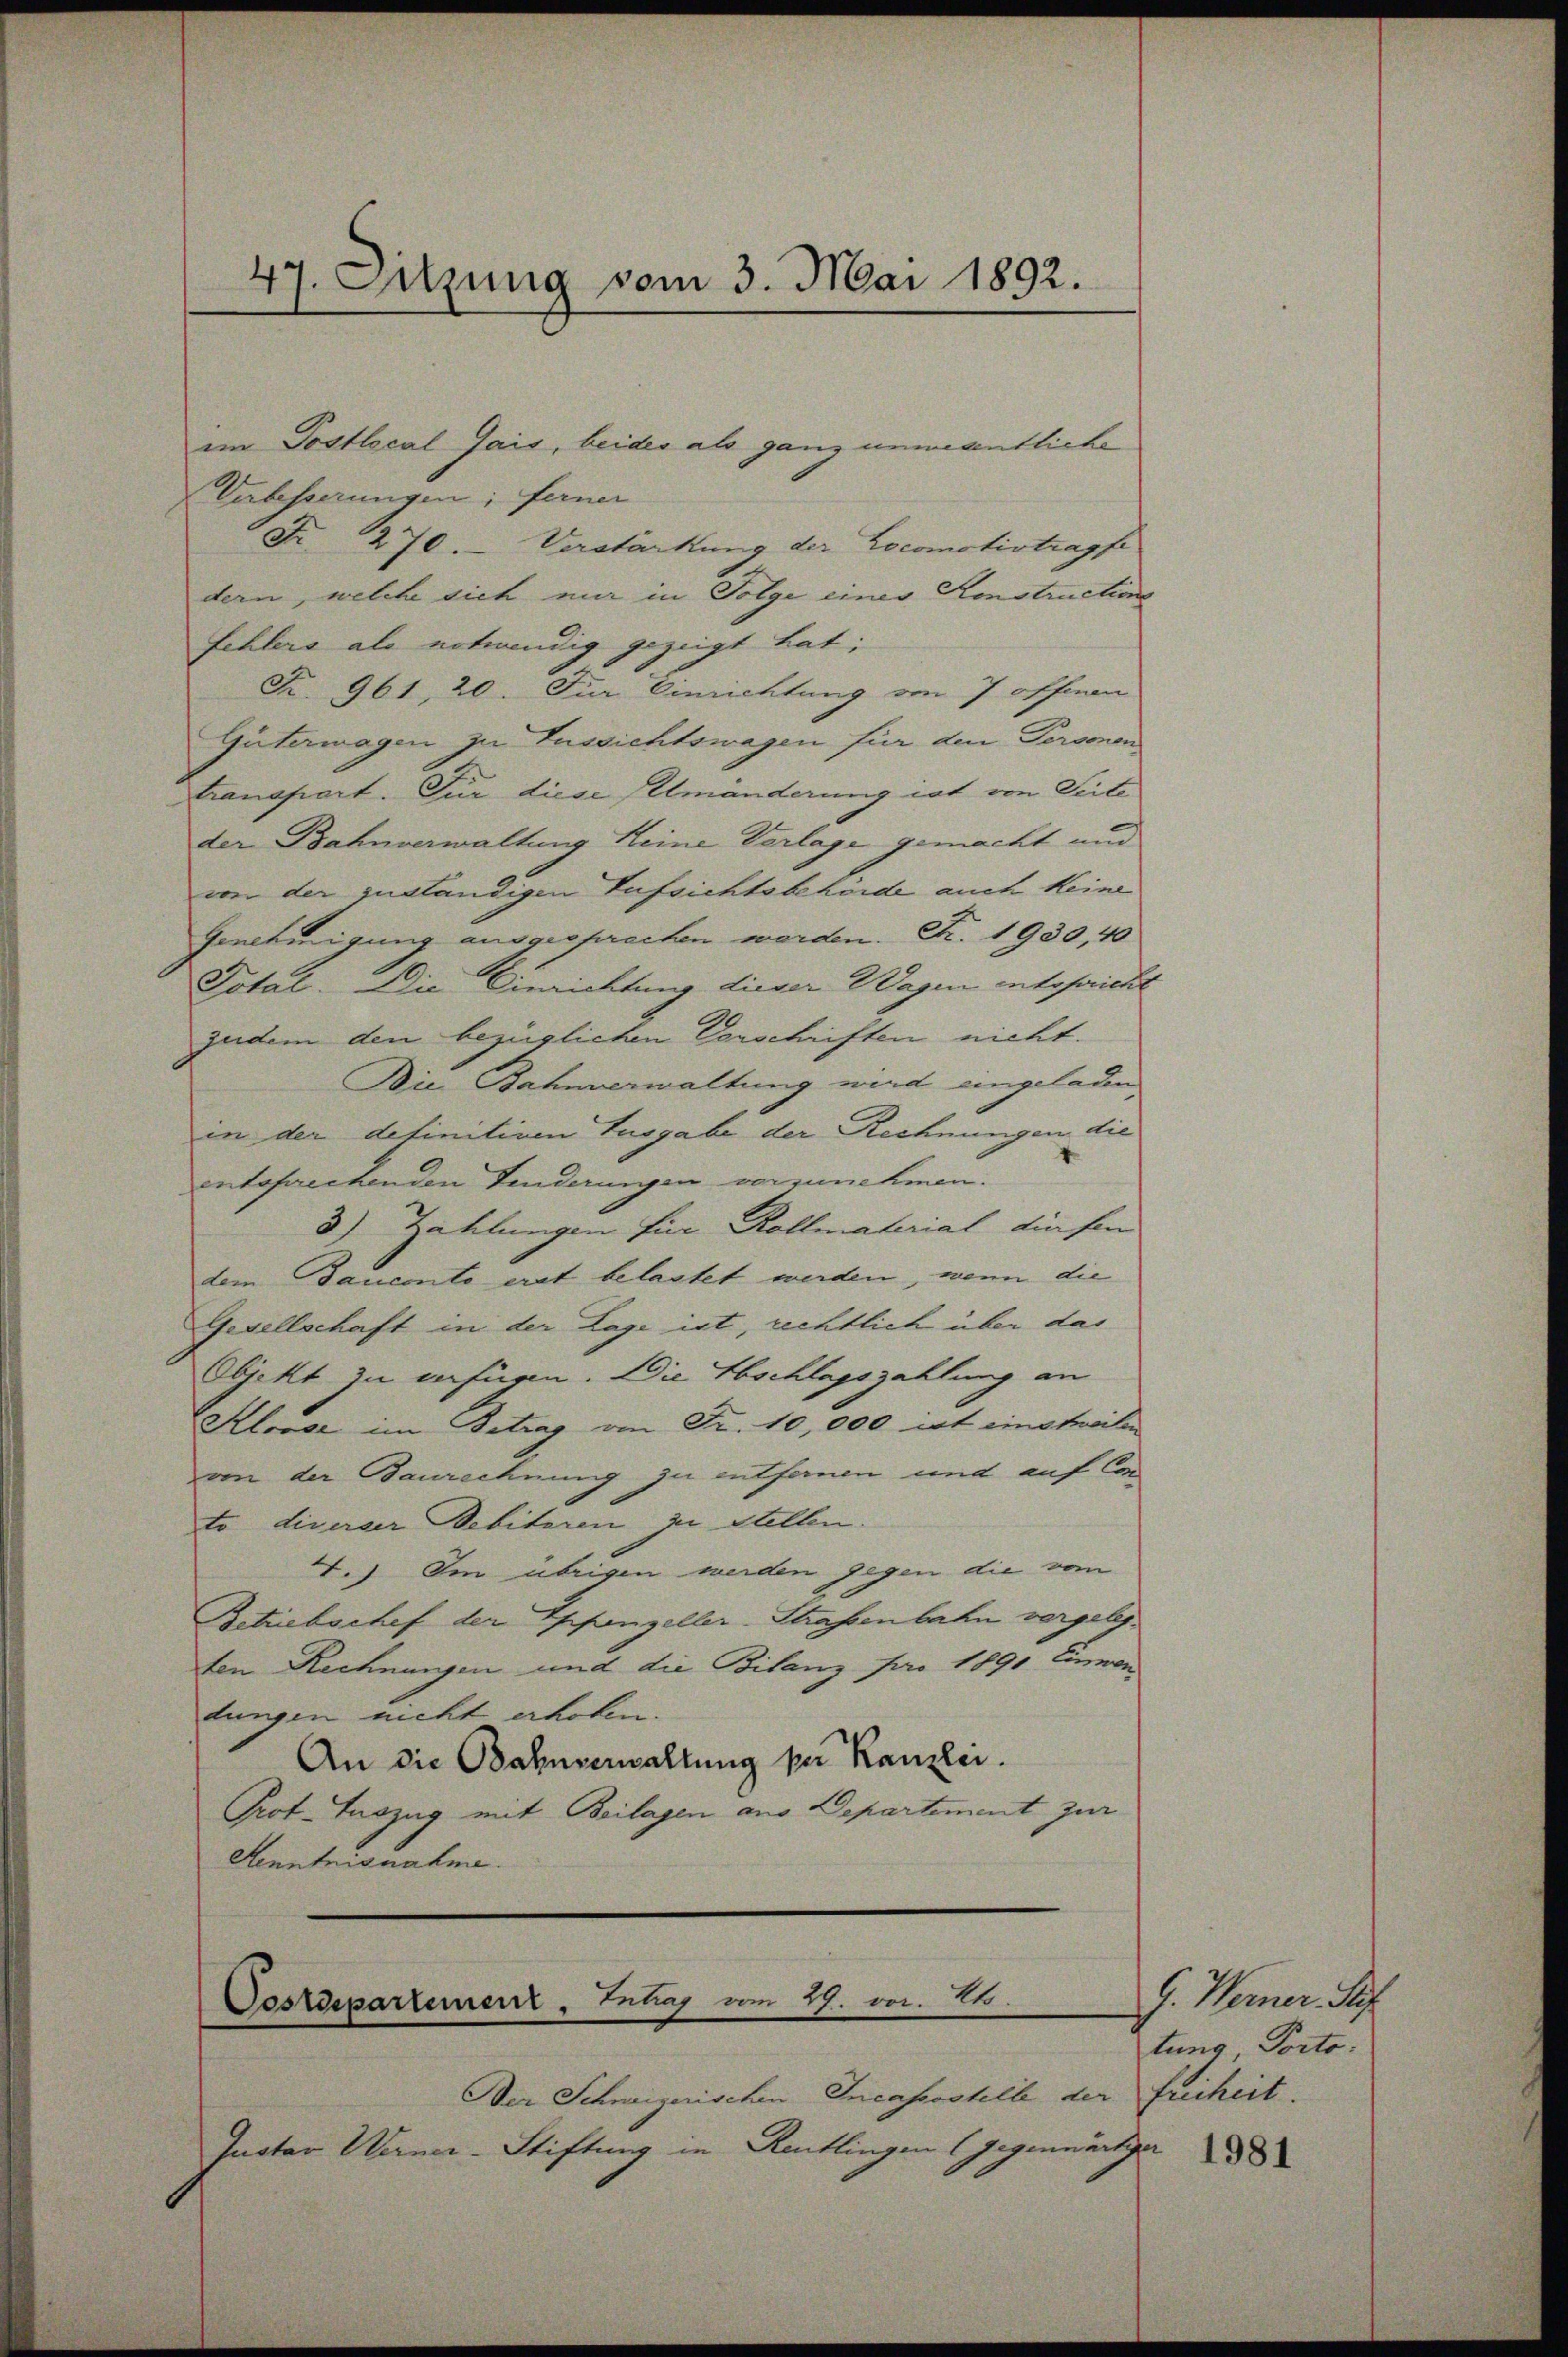
47. Sitzung vom 3. Mai 1892.

iin Postlocal Jais, beider als ganz unwesentliche
Verbesserungen; ferner
Fr. 270. Verstärkung der Locomotivtrapfe
dern, welche sich mir in Folge einer Konstructions
fehlers als notwendig gezeigt hat;
Fr. 961, 20. Für Einrichtung von 7 offen
Gütermagen zu Eussichtswagen für den Personen
transfiert. Für diese Ilmänderung ist von Seite
der Bahnverwaltung Heine Verlage gemacht und
von der zuständigen Aufsichtsbehörde auch keine
Genehmigung ausgesprachen werden. N. 1930, 40
Total. Die Einrichtung dieser Wagen entspricht
zudem den bezüglichen Vorschriften nicht.
Die Bahnverwaltung wird angeladen,
in der definitiven Ausgabe der Rechnungen die
entsprechenden Kinderungen vorzunehmen.
3) Zahlungen für Rollmaterial diesen
dem Baucento erst belastet werden, wenn die
Gesellschaft in der Lage ist, rechtlich über das
Objekt zu verfügen. Die Abschlagszahlung an
Kloose im Betrag an Fr. 10,000 ist imsteilen
an der Baurechnung zu entfernen und auf Conto diverser Bebiteren zu Stellen
T.) Im übrigen werden gegen die vom
Betriebschef der Eppanzeller-Straßenbahn vergelegten Rechnungen und die Bilanz pro 1890 Einnen
dungen nicht erholen.
An die Bahnverwaltung per Kanzlei.
Prot. Auszug mit Beilagen aus Departement zur
Kenntnisnahme.

Oestespartemenr, Intrag vom 29. vor. Mts.

Der Schweizerischen Incassostelle der
Gustav Werner-Stiftung in Reutlingen (Gegenwärtiger

G. Werner. Stif
tung, Porto
freiheit.

1981